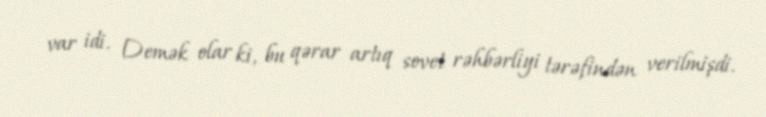
var idi. Demək olar ki, bu qərar artıq sovet rəhbərliyi tərəfindən verilmişdi.